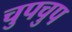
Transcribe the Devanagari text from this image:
चुपचुप